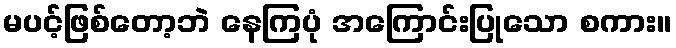
မပင့်ဖြစ်တော့ဘဲ နေကြပုံ အကြောင်းပြုသော စကား။